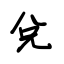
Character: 兌